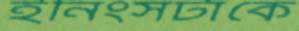
ইনিংসটাকে